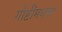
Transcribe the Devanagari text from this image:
गोष्टींमधला